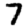
Digit: 7